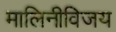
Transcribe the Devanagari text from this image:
मालिनीविजय